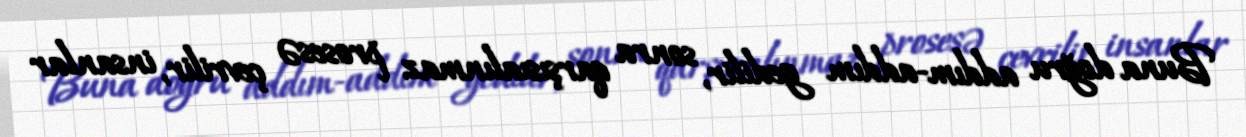
Buna doğru addım-addım gedilir, sonra qarşısıalınmaz prosesə çevrilir, insanlar